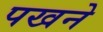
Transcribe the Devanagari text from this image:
पखने